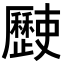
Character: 𣦰